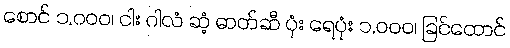
စောင် ၁,၀၀၀၊ ငါး ဂါလံ ဆံ့ ဓာတ်ဆီ ပုံး ရေပုံး ၁,၀၀၀၊ ခြင်ထောင်